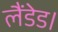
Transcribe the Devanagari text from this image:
लैंडेड।